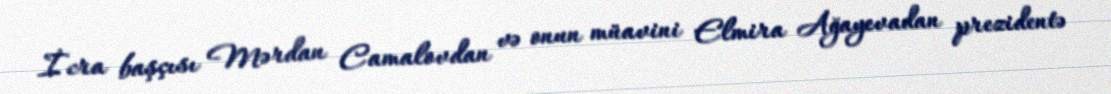
İcra başçısı Mərdan Camalovdan və onun müavini Elmira Ağayevadan prezidentə